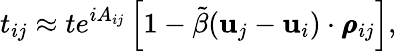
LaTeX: t_{ij}\approx te^{iA_{ij}}\left[1-\tilde{\beta}(\mathbf{u}_{j}-\mathbf{u}_{i})\cdot\pmb{\rho}_{ij}\right],